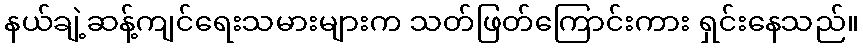
နယ်ချဲ့ဆန့်ကျင်ရေးသမားများက သတ်ဖြတ်ကြောင်းကား ရှင်းနေသည်။